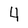
Character: 4